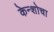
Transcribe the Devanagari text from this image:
केन्शोचा